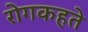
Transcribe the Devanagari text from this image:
रोगकहते